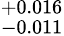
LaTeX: ^{+0.016}_{-0.011}